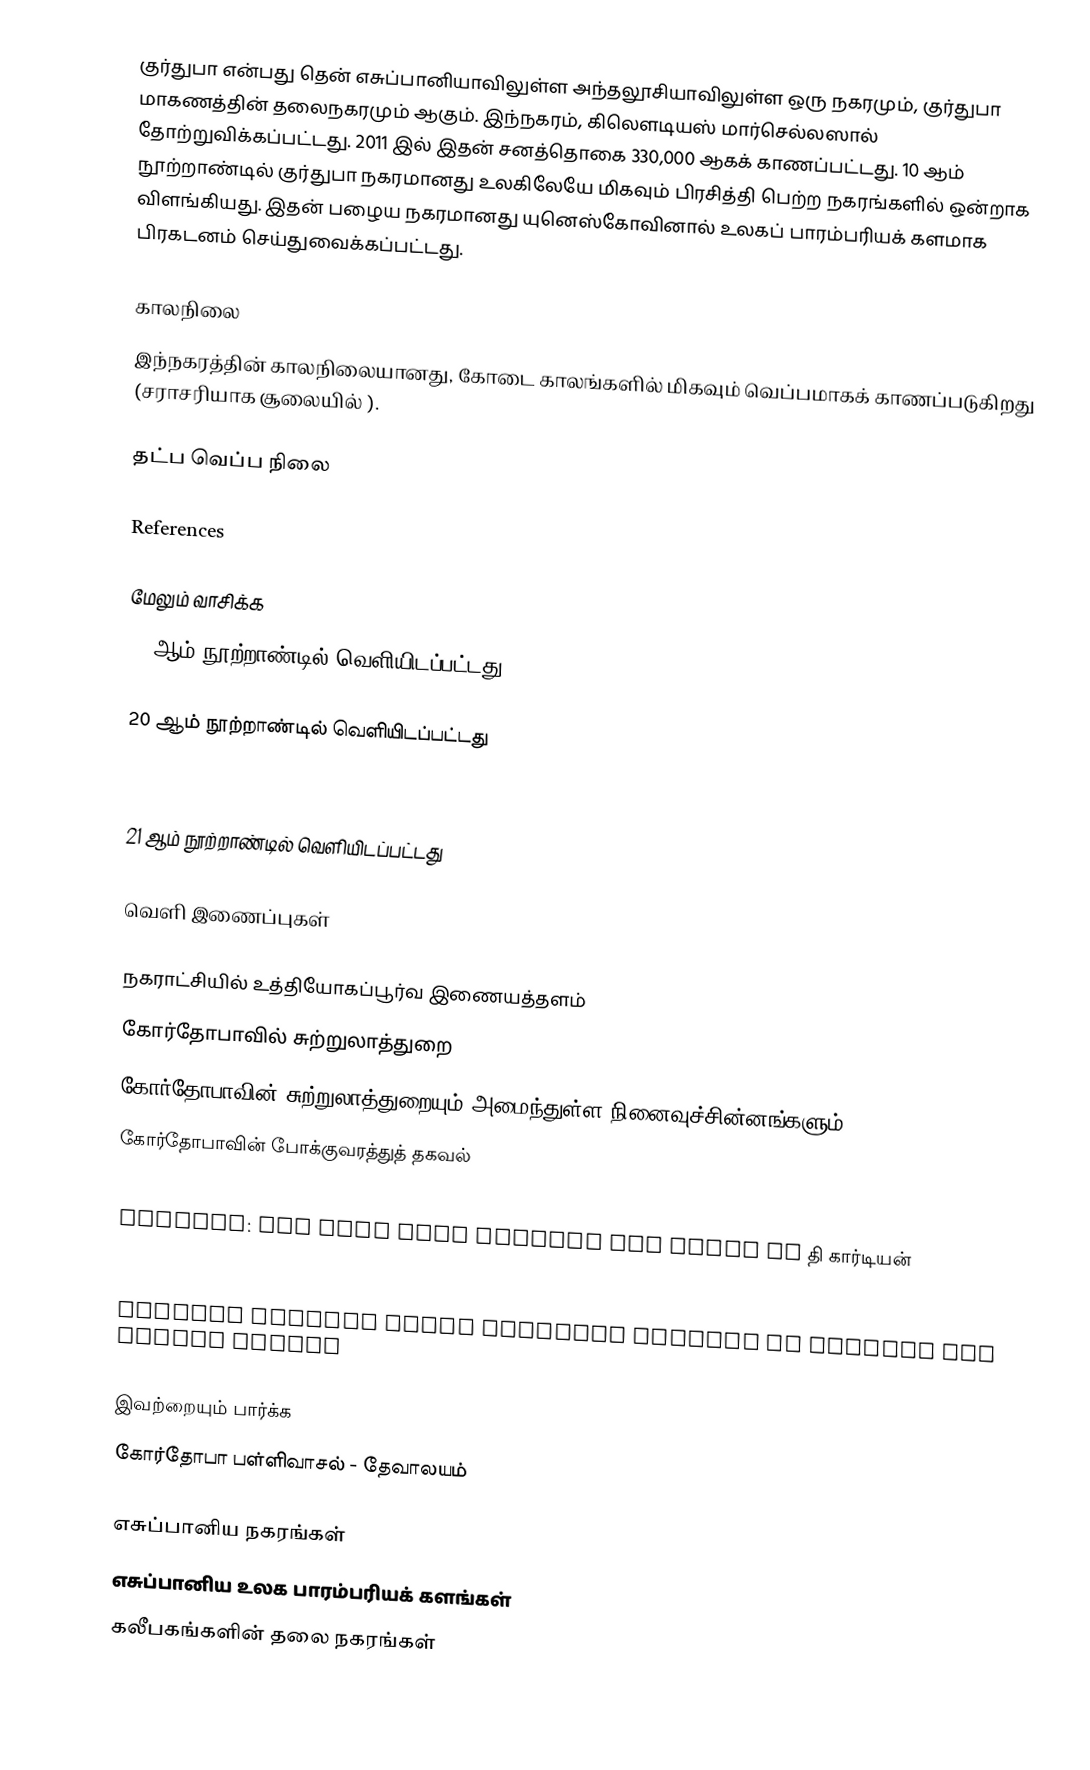
குர்துபா என்பது தென் எசுப்பானியாவிலுள்ள அந்தலூசியாவிலுள்ள ஒரு நகரமும், குர்துபா மாகணத்தின் தலைநகரமும் ஆகும். இந்நகரம், கிலௌடியஸ் மார்செல்லஸால் தோற்றுவிக்கப்பட்டது. 2011 இல் இதன் சனத்தொகை 330,000 ஆகக் காணப்பட்டது. 10 ஆம் நூற்றாண்டில் குர்துபா நகரமானது உலகிலேயே மிகவும் பிரசித்தி பெற்ற நகரங்களில் ஒன்றாக விளங்கியது. இதன் பழைய நகரமானது யுனெஸ்கோவினால் உலகப் பாரம்பரியக் களமாக பிரகடனம் செய்துவைக்கப்பட்டது.

காலநிலை
இந்நகரத்தின் காலநிலையானது, கோடை காலங்களில் மிகவும் வெப்பமாகக் காணப்படுகிறது (சராசரியாக சூலையில் ).

தட்ப வெப்ப நிலை

References

மேலும் வாசிக்க
19 ஆம் நூற்றாண்டில் வெளியிடப்பட்டது

20 ஆம் நூற்றாண்டில் வெளியிடப்பட்டது

21 ஆம் நூற்றாண்டில் வெளியிடப்பட்டது

வெளி இணைப்புகள்

நகராட்சியில் உத்தியோகப்பூர்வ இணையத்தளம்
கோர்தோபாவில் சுற்றுலாத்துறை
கோர்தோபாவின் சுற்றுலாத்துறையும் அமைந்துள்ள நினைவுச்சின்னங்களும்
கோர்தோபாவின் போக்குவரத்துத் தகவல்
Natural Monument Sotos de la Albolafia
Córdoba: The City that Changed the World by தி கார்டியன்
Córdoba Mosque and Roman Bridge – The second largest mosque and a Roman Bridge with 17 arches Córdoba, Roman City (Spain)
Spanish Tourism Board official website in English for United States

இவற்றையும் பார்க்க
 கோர்தோபா பள்ளிவாசல் - தேவாலயம்

எசுப்பானிய நகரங்கள்
எசுப்பானிய உலக பாரம்பரியக் களங்கள்
கலீபகங்களின் தலை நகரங்கள்